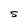
Character: S